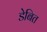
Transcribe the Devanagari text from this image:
डेबित